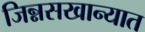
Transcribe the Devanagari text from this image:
जिन्नसखान्यात